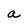
Character: a